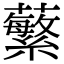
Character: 蘩